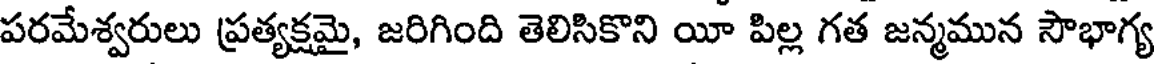
పరమేశ్వరులు ప్రత్యక్షమై, జరిగింది తెలిసికొని యీ పిల్ల గత జన్మమున సౌభాగ్య